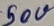
Text: 50V